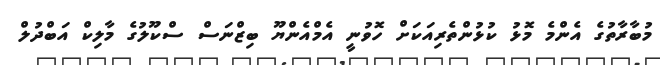
މުބާރާތުގެ އެންމެ މޮޅު ކުޅުންތެރިއަކަށް ހޮވުނީ އެމްއެންޔޫ ބިޒްނަސް ސްކޫލުގެ މާލިކް އަބްދުލް